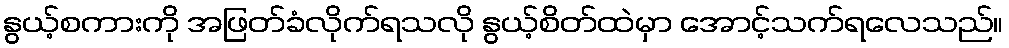
နွယ့်စကားကို အဖြတ်ခံလိုက်ရသလို နွယ့်စိတ်ထဲမှာ အောင့်သက်ရလေသည်။